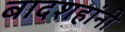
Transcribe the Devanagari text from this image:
बादशहांनी